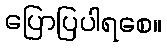
ပြောပြပါရစေ။